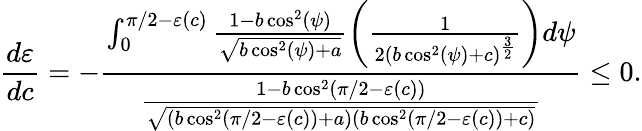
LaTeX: \frac{d\varepsilon}{dc}=-\frac{\int_{0}^{\pi/2-\varepsilon(c)}\frac{1-b\cos^{2}(\psi)}{\sqrt{b\cos^{2}(\psi)+a}}\left(\frac{1}{2(b\cos^{2}(\psi)+c)^{\frac{3}{2}}}\right)d\psi}{\frac{1-b\cos^{2}(\pi/2-\varepsilon(c))}{\sqrt{(b\cos^{2}(\pi/2-\varepsilon(c))+a)(b\cos^{2}(\pi/2-\varepsilon(c))+c)}}}\leq 0.